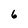
Character: 6